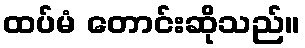
ထပ်မံ တောင်းဆိုသည်။